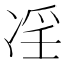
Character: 𠗝